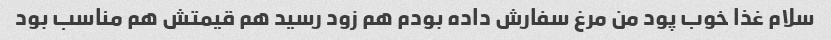
سلام غذا خوب پود من مرغ سفارش داده بودم هم زود رسید هم قیمتش هم مناسب بود